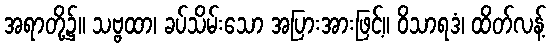
အရာတို့၌။ သဗ္ဗထာ၊ ခပ်သိမ်းသော အပြားအားဖြင့်။ ဝိသာရဒံ၊ ထိတ်လန့်